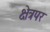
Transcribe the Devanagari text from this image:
क्षेत्रपर